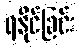
ရနိုင်ခြင်း